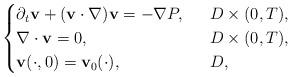
LaTeX: \begin{align*}\begin{cases}\partial_t\mathbf{v}+(\mathbf{v}\cdot \nabla)\mathbf{v}=-\nabla P,\ \ &D\times (0,T),\\\nabla\cdot \mathbf{v}=0,\ \ &D\times (0,T),\\\mathbf{v}(\cdot, 0)=\mathbf{v}_0(\cdot), \ \ &D,\end{cases}\end{align*}